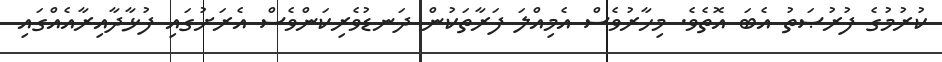
ކުރުމުގެ ފުރުޞަތު އެބަ އޮތެވެ. މިހާރުވެސް އެމިއްލަ ފަރާތަކުން ދަނޑުވެރިކަންވެސް އެރަށުގައި ފުޅާދާއިރާއެއްގައި